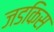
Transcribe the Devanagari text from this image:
जडकिस